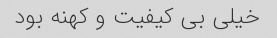
خیلی بی کیفیت و کهنه بود